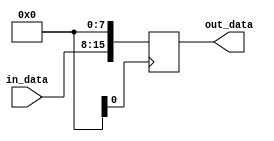
module param_module #(parameter INPUT_WIDTH = 8,
                         parameter OUTPUT_WIDTH = 16)
(
  input [INPUT_WIDTH-1:0] in_data,
  output reg [OUTPUT_WIDTH-1:0] out_data
);

  always @ (posedge clk) begin
    // Internal logic based on parameters
    out_data <= in_data << (OUTPUT_WIDTH - INPUT_WIDTH);
  end

endmodule